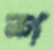
শ